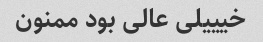
خیییلی عالی بود ممنون